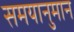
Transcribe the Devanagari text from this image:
समयानुमान